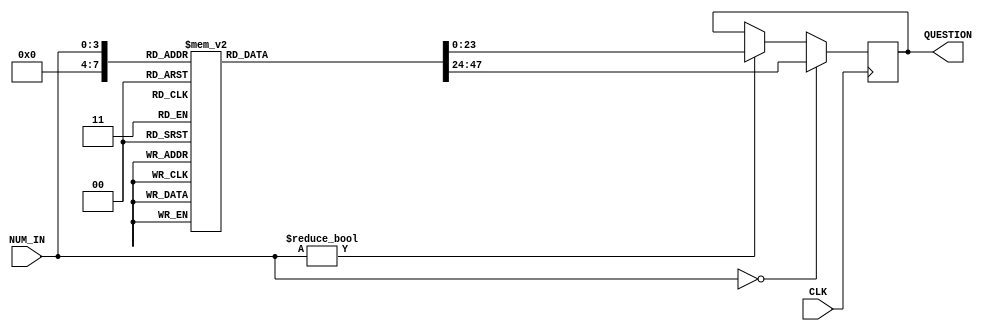
module DB (
    input  CLK,
    input  [3:0] NUM_IN, //0 ~ 11 ??
    output reg [23:0] QUESTION
);

 reg [23:0] Q_table[8:0];   //26bit?32?




 initial begin
    //QUESTION <= 24'b0;
    
    Q_table[0] <=  24'b000000000000000000000000;
                    //000000110000?4bit????0000 0011 0000?????????????0,3,0????????????????????????
    Q_table[1] <=  24'b000000100111001000100010;
                    //???00 ??=>27 ?? 3 3 3 - - -
    Q_table[2] <=  24'b0000_0100_0010_000100100100;
                    //????01  101010 => 42  - - - 2 3 7=>1 2 4???  

    Q_table[3] <=  24'b000000110000000100100011;
               
    Q_table[4] <=  24'b000000100111001000100010;
                       
    Q_table[5] <=  24'b000001000010000100100100;
                        

    Q_table[6] <=  24'b000000110000000100100011;

    Q_table[7] <=  24'b000000100111001000100010;

    Q_table[8] <=  24'b000001000010000100100100;

end



always @(posedge CLK)begin
  if(NUM_IN == 4'b0)begin
    QUESTION <= Q_table[0];
  end
  else if(NUM_IN != 4'b0)begin
    QUESTION <= Q_table[NUM_IN];
  end
end
/*always @( posedge CLK)begin    
    QUESTION <= Q_table[NUM_IN];
end*/

endmodule